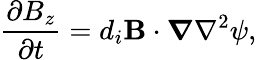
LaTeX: \frac{\partial B_{z}}{\partial t}=d_{i}{\mathbf B}\cdot\boldsymbol\nabla\nabla^{2}\psi,